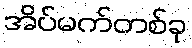
အိပ်မက်တစ်ခု